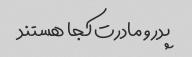
پدر و مادرت کجا هستند